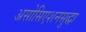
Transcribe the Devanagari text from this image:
असोसिएशनसुद्धा